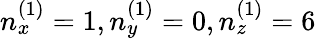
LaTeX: n_{x}^{(1)}=1,n_{y}^{(1)}=0,n_{z}^{(1)}=6